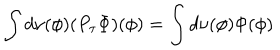
LaTeX: \int d \nu ( \phi ) ( P _ { \tau } \Phi ) ( \phi ) = \int d \nu ( \phi ) \Phi ( \phi )